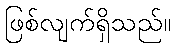
ဖြစ်လျက်ရှိသည်။